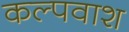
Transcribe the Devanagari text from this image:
कल्पवाश